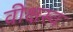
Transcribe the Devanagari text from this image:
वीक्षस्व